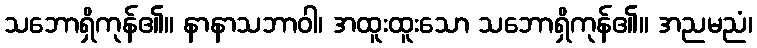
သဘောရှိကုန်၏။ နာနာသဘာဝါ၊ အထူးထူးသော သဘောရှိကုန်၏။ အညမညံ၊